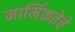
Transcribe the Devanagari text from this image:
मार्मिकतेचे